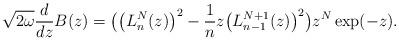
LaTeX: \begin{gather*} \sqrt{2\omega }\frac{d}{dz}B(z) =\big( \big( L_{n}^{N} ( z ) \big) ^{2}-\frac{1}{n}z\big( L_{n-1}^{N+1}(z) \big) ^{2}\big) z^{N}\exp (-z).\end{gather*}